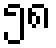
၅၈